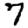
Digit: 7